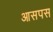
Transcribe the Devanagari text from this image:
आसपस